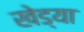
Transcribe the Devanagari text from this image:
खेड्या